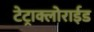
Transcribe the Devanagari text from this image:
टेट्राक्लोराईड